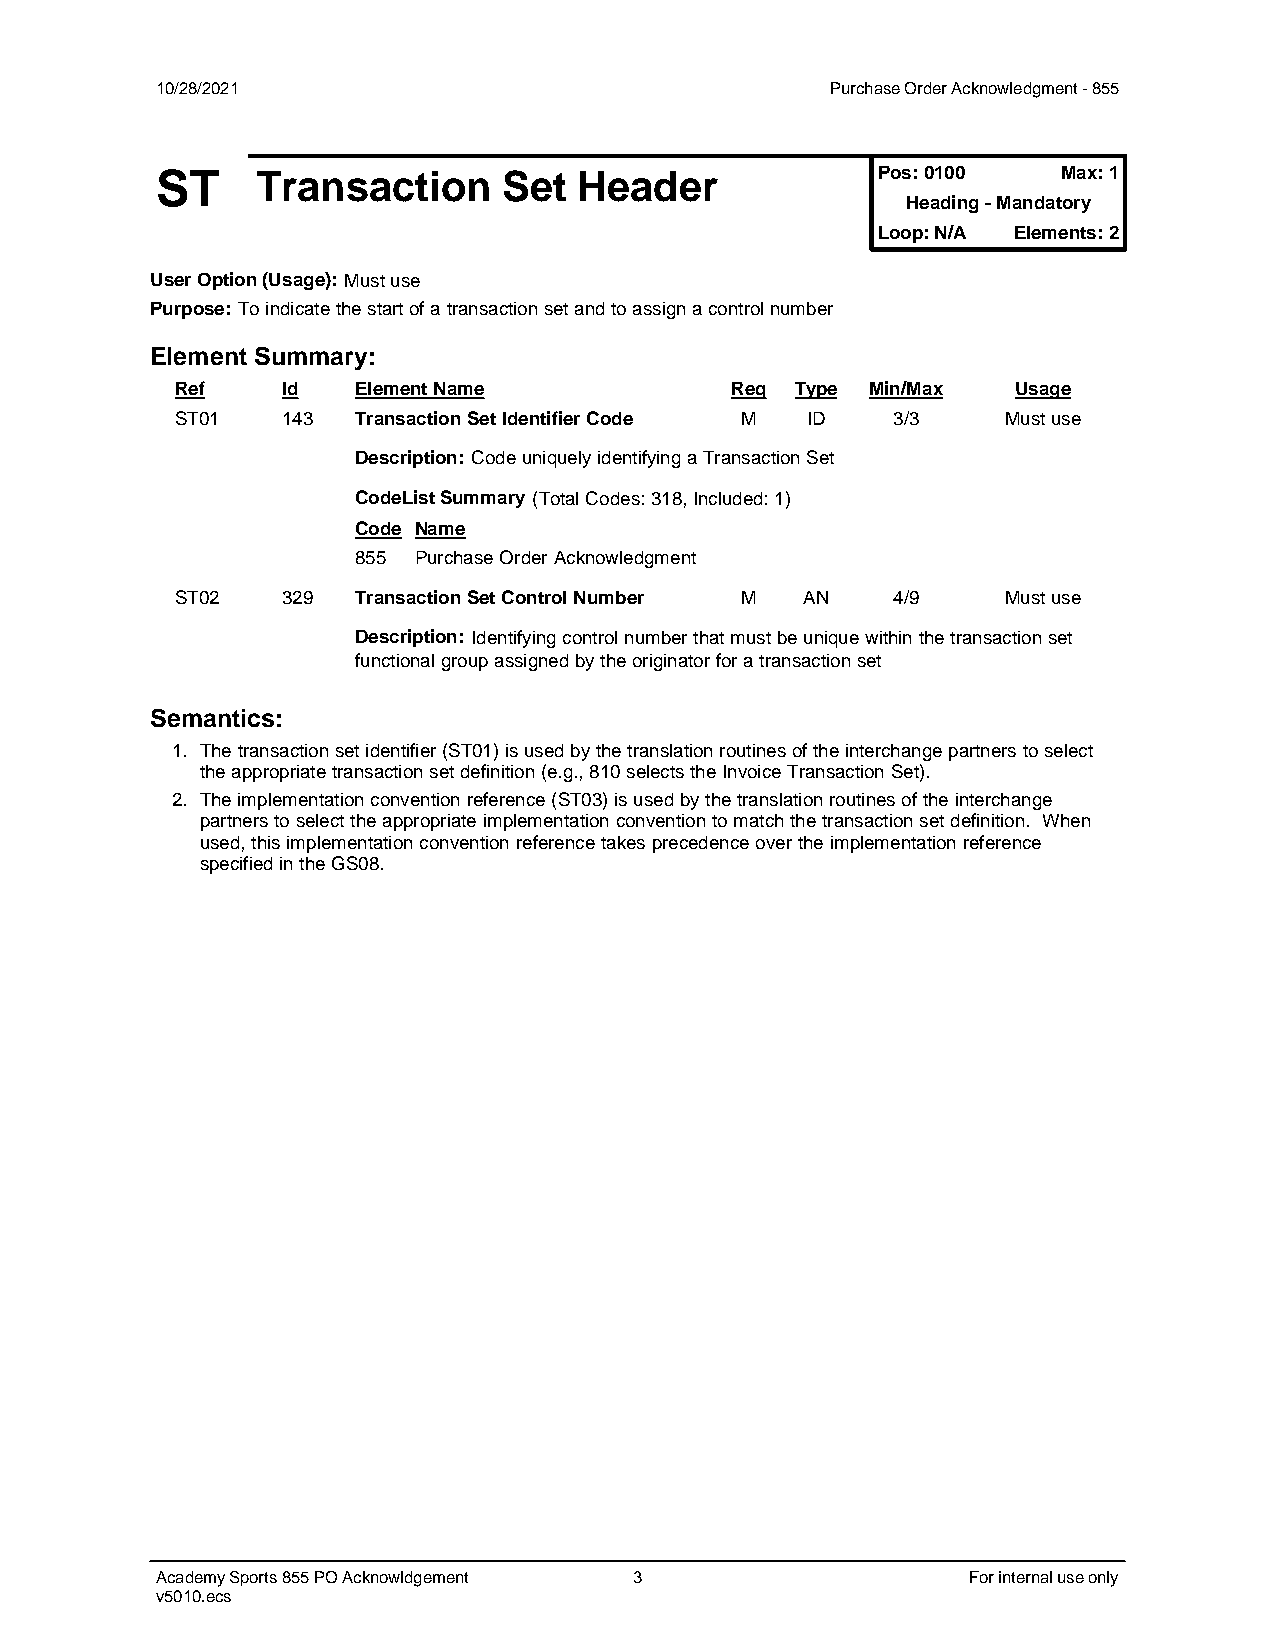
10/28/2021                                   Purchase Order Acknowledgment - 855
 Pos: 0100   Max: 1
 ST     Transaction     Set  Header
 Heading - Mandatory
 Loop: N/A Elements: 2
 User Option (Usage): Must use
 Purpose: To indicate the start of a transaction set and to assign a control number
 Element Summary:
 Ref    Id  Element Name             Req  Type Min/Max  Usage
 ST01   143 Transaction Set Identifier Code M ID 3/3    Must use
 Description: Code uniquely identifying a Transaction Set
 CodeList Summary (Total Codes: 318, Included: 1)
 Code Name
 855 Purchase Order Acknowledgment
 ST02   329 Transaction Set Control Number M AN 4/9     Must use
 Description: Identifying control number that must be unique within the transaction set
 functional group assigned by the originator for a transaction set
 Semantics:
 1. The transaction set identifier (ST01) is used by the translation routines of the interchange partners to select
 the appropriate transaction set definition (e.g., 810 selects the Invoice Transaction Set).
 2. The implementation convention reference (ST03) is used by the translation routines of the interchange
 partners to select the appropriate implementation convention to match the transaction set definition. When
 used, this implementation convention reference takes precedence over the implementation reference
 specified in the GS08.
 Academy Sports 855 PO Acknowldgement 3                For internal use only
 v5010.ecs